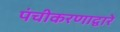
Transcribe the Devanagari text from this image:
पंचीकरणाद्वारे